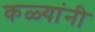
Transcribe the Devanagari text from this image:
कळ्यांनी